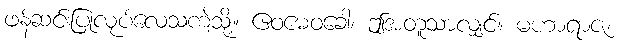
ဖန်ဆင်းပြုလုပ်လေသကဲ့သို့။ ဧဝမေဝခေါ၊ ဤအတူသာလျှင်။ မဟာရာဇ၊